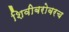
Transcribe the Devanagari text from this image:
शिवीबरोबरच